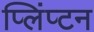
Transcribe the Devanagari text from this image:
प्लिंप्टन